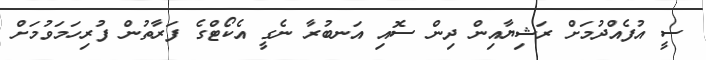
ސީ އުފެއްދުމަށް ރަޝިޔާއިން ދިން ސޮއި އަނބުރާ ނެގީ އެކޯޓްގެ ފަރާތުން ފުރިހަމަވުމަށް